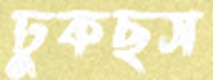
ঢুকছস